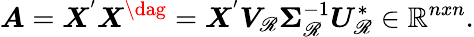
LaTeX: \boldsymbol{A}=\boldsymbol{X}^{'}\boldsymbol{X}^{\dag}=\boldsymbol{X}^{'}\boldsymbol{V}_{\mathscr{R}}\boldsymbol{\Sigma}_{\mathscr{R}}^{-1}\boldsymbol{U}_{\mathscr{R}}^{*}\in\mathbb{{R}}^{nxn}.